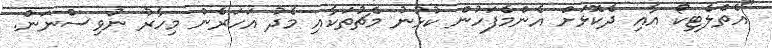
"އެތްލެޓިކޯ އާއި ދެކޮޅަށް އެންމެފަހުން ކުޅުނު މެޗުތަކާއި މެދު އަހަރެން މިހާރު ނުވިސްނަން.